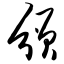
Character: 颁